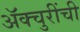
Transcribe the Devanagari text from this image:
ॲक्चुरींची